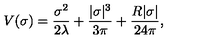
V ( \sigma ) = \frac { \sigma ^ { 2 } } { 2 \lambda } + \frac { | \sigma | ^ { 3 } } { 3 \pi } + \frac { R | \sigma | } { 2 4 \pi } ,